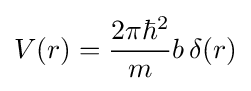
V(r)={\frac {2\pi \hbar ^{2}}{m}}b\,\delta (r)